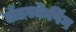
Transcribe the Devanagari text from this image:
लँडस्केपिंग